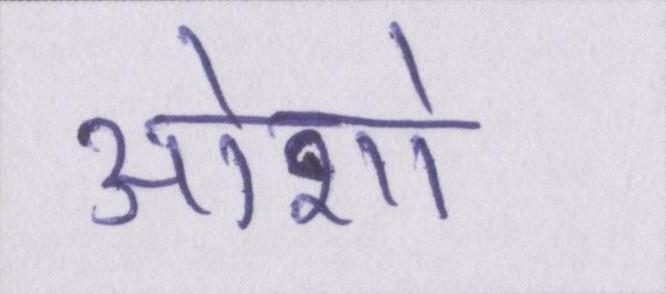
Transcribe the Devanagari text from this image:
ओशो